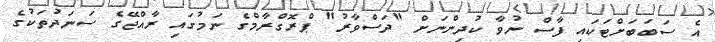
އެ ސަބަބަށްޓަކައި ފާސް ނުވާ ކުދިންނަށް "ދަސްވާރު" ޕްރޮގްރާމްގެ ނަމުގައި ރާއްޖޭގެ ސަނަދުތަކުގެ